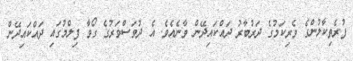
ފުރެތިކާލުންގެ ވެރިކަމުގެ ދަރުބާރު ދައްކައިދޭން ވާނެއެވެ. އެ ދުވަސްވަރުގެ ގޯވާ ފިލްމުގައި ދައްކައިދޭން